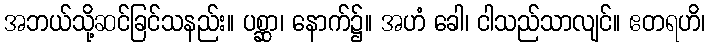
အဘယ်သို့ဆင်ခြင်သနည်း။ ပစ္ဆာ၊ နောက်၌။ အဟံ ခေါ၊ ငါသည်သာလျင်။ ဧတရဟိ၊